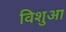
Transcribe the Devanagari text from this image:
विशुआ